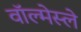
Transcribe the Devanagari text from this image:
वॉल्मेस्ले